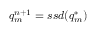
q _ { m } ^ { n + 1 } = s s d ( q _ { m } ^ { * } )